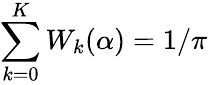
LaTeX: \sum_{k=0}^{K}W_{k}(\alpha)=1/\pi